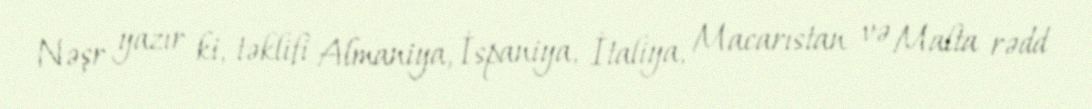
Nəşr yazır ki, təklifi Almaniya, İspaniya, İtaliya, Macarıstan və Malta rədd